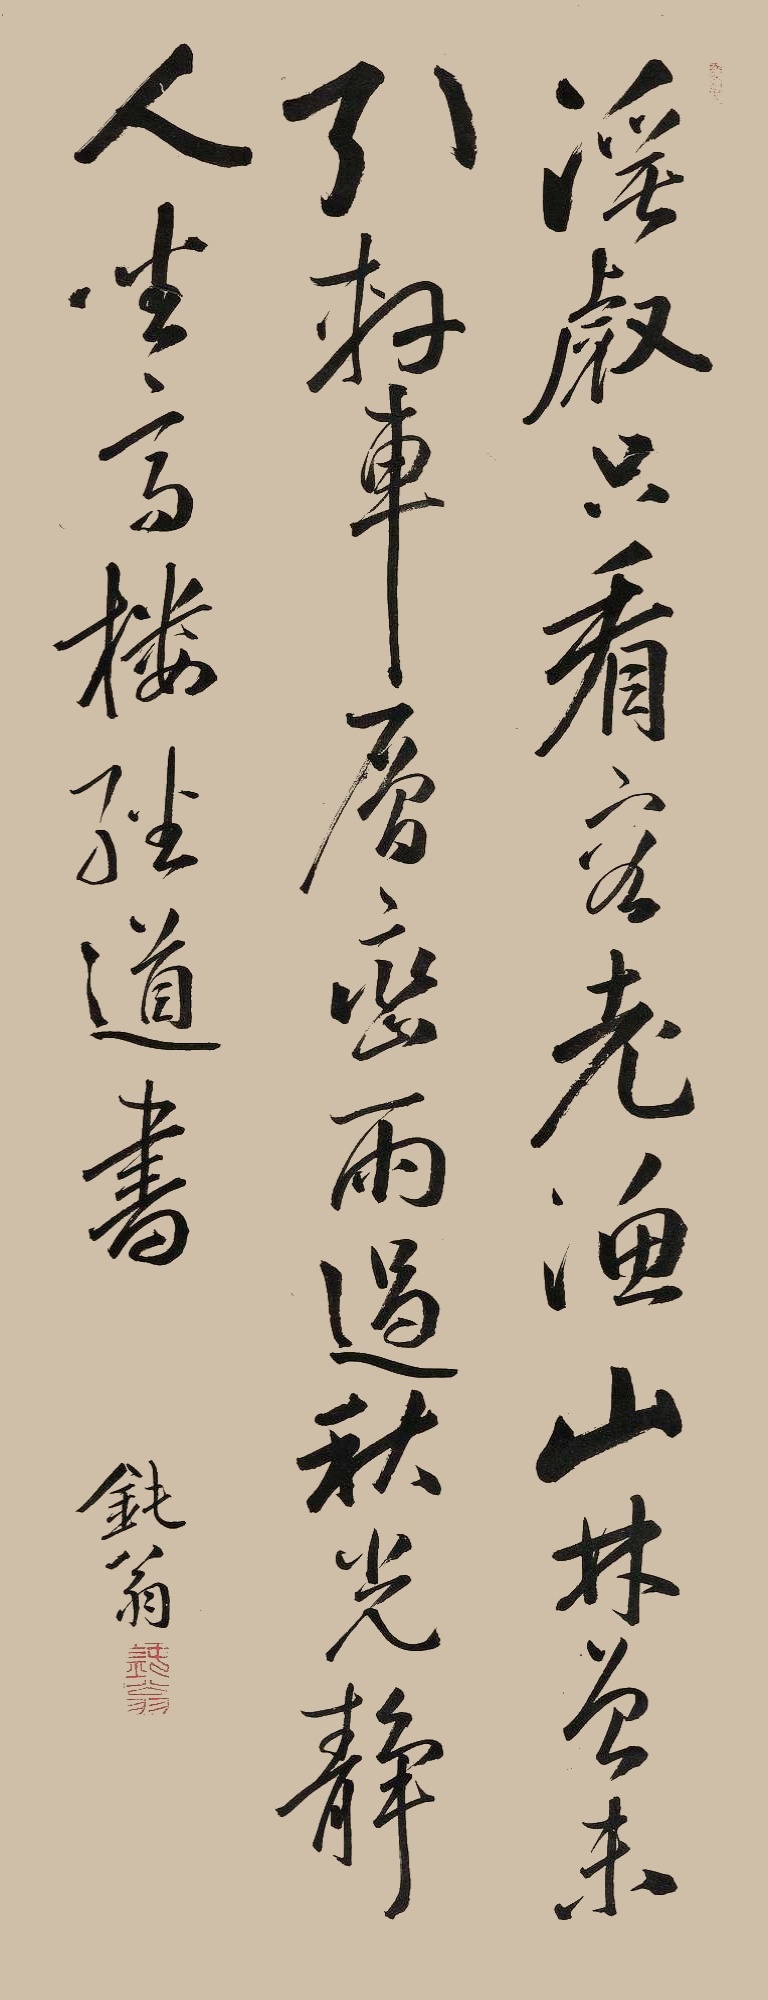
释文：溪壑只看客老渔，山林曾未引轩车。层峦雨过秋光静，人坐高楼经道书。钝翁。